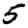
Digit: 5